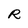
Character: R